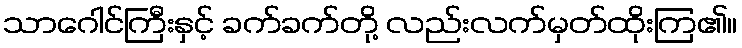
သာဂေါင်ကြီးနှင့် ခက်ခက်တို့ လည်းလက်မှတ်ထိုးကြ၏။